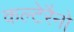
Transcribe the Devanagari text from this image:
कल्टेरैनो